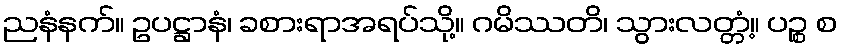
ညနံနက်။ ဥပဋ္ဌာနံ၊ ခစားရာအရပ်သို့။ ဂမိဿတိ၊ သွားလတ္တံ့။ ပဉ္စ စ